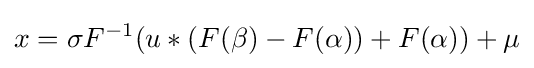
x=\sigma F^{-1}(u*(F(\beta )-F(\alpha ))+F(\alpha ))+\mu